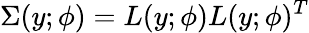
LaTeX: \Sigma(y;\phi)=L(y;\phi)L(y;\phi)^{T}